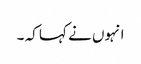
انہوں نے کہا کہ ۔